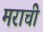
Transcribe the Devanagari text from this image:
मराची